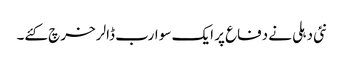
نئی دہلی نے دفاع پر ایک سو ارب ڈالر خرچ کئے۔